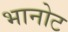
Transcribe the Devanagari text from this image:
भानोट